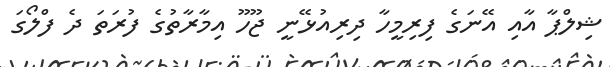
ޝިލްޕާ އާއި އޭނަގެ ފިރިމީހާ ދިރިއުޅޭނީ ޖޫހޫ އިމާރާތުގެ ފުރަތަ ދެ ފްލޯގަ